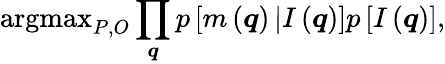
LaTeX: \textrm{argmax}_{P,O}\prod_{\boldsymbol{q}}p\left[m\left(\boldsymbol{q}\right)\left|I\left(\boldsymbol{q}\right)\right.\right]p\left[I\left(\boldsymbol{q}\right)\right],